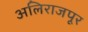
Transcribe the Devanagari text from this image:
अलिराजपूर